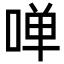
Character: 啴